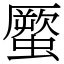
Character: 蟨